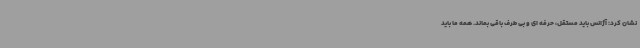
نشان کرد: آژانس باید مستقل، حرفه ای و بی طرف باقی بماند. همه ما باید